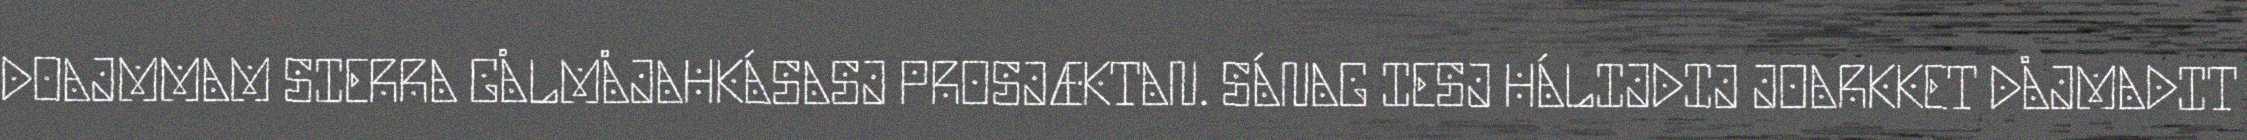
DOAJMMAM SIERRA GÅLMÅJAHKÁSASJ PROSJÆKTAN. SÁNAG IESJ HÁLIJDIJ JOARKKET DÅJMADIT